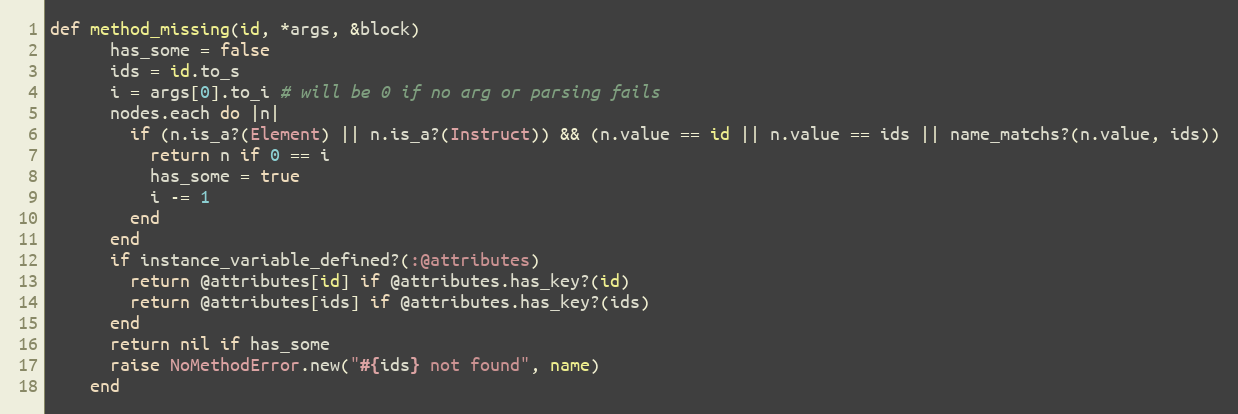
Language: Ruby
def method_missing(id, *args, &block)
      has_some = false
      ids = id.to_s
      i = args[0].to_i # will be 0 if no arg or parsing fails
      nodes.each do |n|
        if (n.is_a?(Element) || n.is_a?(Instruct)) && (n.value == id || n.value == ids || name_matchs?(n.value, ids))
          return n if 0 == i
          has_some = true
          i -= 1
        end
      end
      if instance_variable_defined?(:@attributes)
        return @attributes[id] if @attributes.has_key?(id)
        return @attributes[ids] if @attributes.has_key?(ids)
      end
      return nil if has_some
      raise NoMethodError.new("#{ids} not found", name)
    end